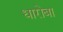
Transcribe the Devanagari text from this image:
धारोबा